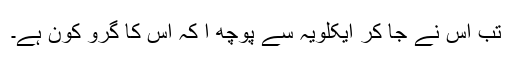
تب اس نے جا کر ایکلویہ سے پوچھ ا کہ اس کا گرو کون ہے۔